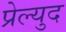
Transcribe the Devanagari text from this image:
प्रेल्युद